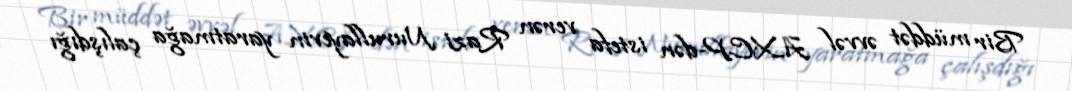
Bir müddət əvvəl AXCP-dən istefa verən Razi Nurullayevin yaratmağa çalışdığı